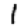
Digit: 1